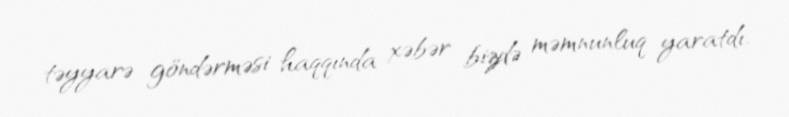
təyyarə göndərməsi haqqında xəbər bizdə məmnunluq yaratdı.